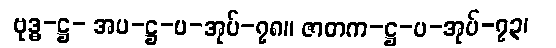
ဗုဒ္ဓ-ဋ္ဌ- အပ-ဋ္ဌ-ပ-အုပ်-၇၈။ ဇာတက-ဋ္ဌ-ပ-အုပ်-၇၃၊